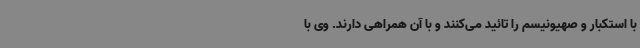
با استکبار و صهیونیسم را تائید می‌کنند و با آن همراهی دارند. وی با